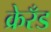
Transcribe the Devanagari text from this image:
क्रेरँड